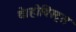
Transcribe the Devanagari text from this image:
थे।होबिस्ट्स